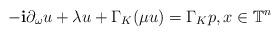
LaTeX: \begin{align*}-\mathbf{i}\partial_{\omega}u+\lambda u+\Gamma_K(\mu u)=\Gamma_Kp,x\in\mathbb{T}^n\end{align*}